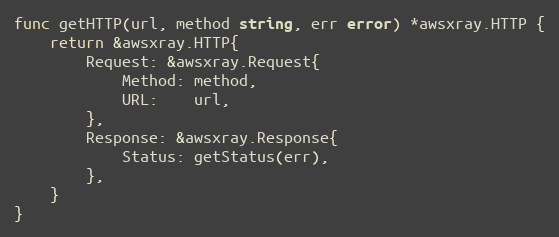
Language: Go
func getHTTP(url, method string, err error) *awsxray.HTTP {
	return &awsxray.HTTP{
		Request: &awsxray.Request{
			Method: method,
			URL:    url,
		},
		Response: &awsxray.Response{
			Status: getStatus(err),
		},
	}
}